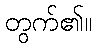
တွက်၏။